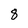
Character: 8